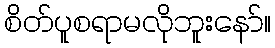
စိတ်ပူစရာမလိုဘူးနော်။